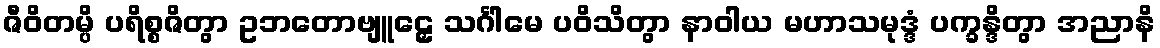
ဇီဝိတမ္ပိ ပရိစ္စဇိတွာ ဥဘတောဗျူဠှေ သင်္ဂါမေ ပဝိသိတွာ နာဝါယ မဟာသမုဒ္ဒံ ပက္ခန္ဒိတွာ အညာနိ